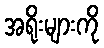
အရိုးများကို